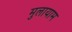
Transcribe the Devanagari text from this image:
मुलायाम